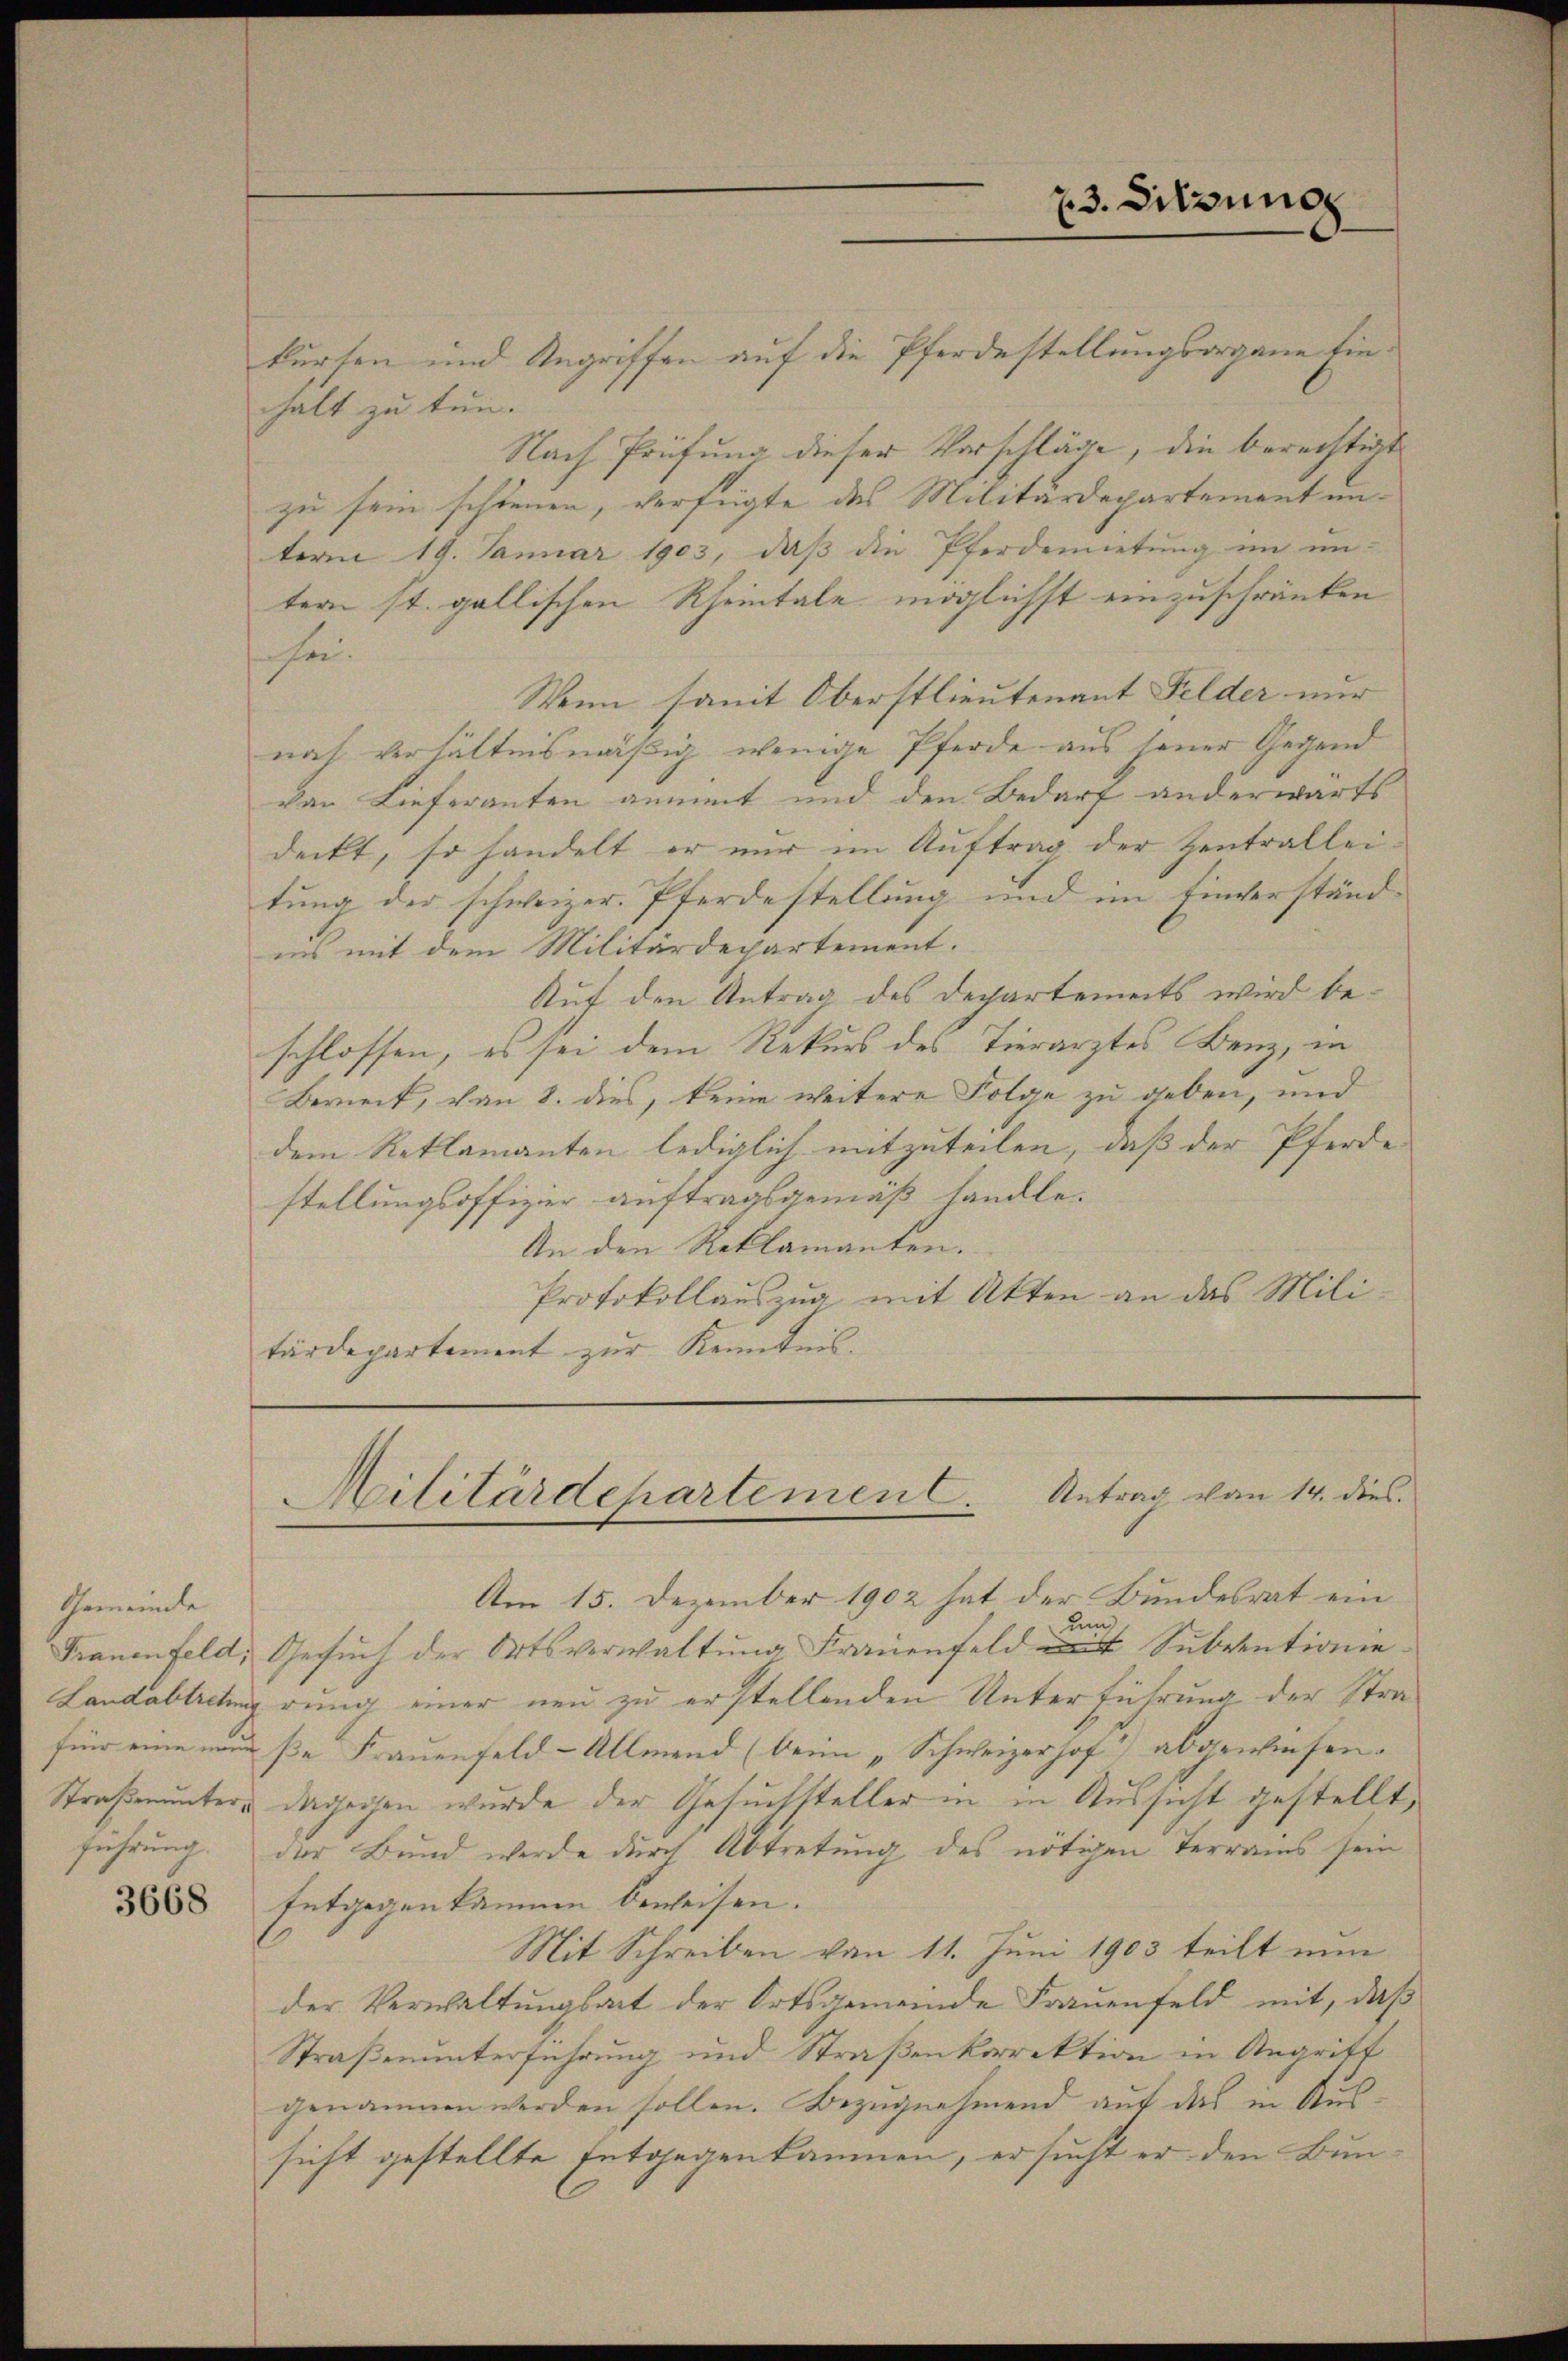
Gemeinde

3668

kursen und Angriffen auf die Pferdestellungsorgane Einhalt zu tun.
Nach Prüfung dieser Vorschläge, die berechtigt
zu sein schienen, verfügte des Militärdepartement unterm 19. Januar 1903, daß die Pferdemietung im un-
tern st. gallischen Rheintale möglichst einzuschränken
hei.
Wenn somit Oberstlieutenant Felder nur
nach verhältnismäßig wenige Pferde aus seiner Gegend
von Lieferanten gement und den Bedarf anderwärts
deckt, so handelt er nur im Auftrag der Zentralleitung der schweizer. Pferdestellung und im Einverständ-
ins mit dem Militärdepartement.
Auf den Antrag des Departements wird beschlossen, es sei dem Rekurs des Tierarztes Benz, in
Berneck, von 8. dies, keine weitere Folge zu geben, und
dem Reklamanten lediglich mitzuteilen, daß der Pferde
stellungsoffizier auftragsgemäß handle.
An den Reklamanten.
Protokollauszug mit Akten an das Militärdepartement zur Kenntnis.

Am 15. Dezember 1902 hat der Bundesrat ein
um
Frauenfeld, Gesuch der Ortsverwaltung Frauenfeld mit Subventionie
Landabtretirung einer neu zu erstellenden Unterführung der Strafür eine nur se Frauenfeld-Allmend (beim „Schweizerhof abgewiesen.
Straßenunter dagegen wurde der Gesuchsteller in in Aussicht gestellt,
führung. Der Bund werde durch Abtretung des nötigen Terrains sein
Entgegenkammen beweisen.
Mit Schreiben von 11. Juni 1903 teilt nun
der Verwaltungsart der Ortsgemeinde Frauenfeld mit, daß
Straßenunterführung und Straßenkorrektion in Angriff
genommen werden sollen. Bezugnehmend auf das in Aussicht gestellte Entgegenkommen, er sucht er den Bun¬

23. Sitzung

Antrag von 14. dies
Militärdepartemen.